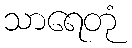
သာရေတုံ